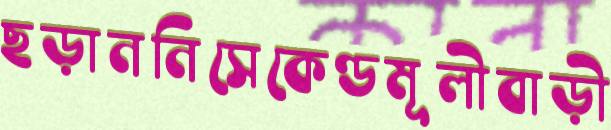
ছড়াননিসেকেণ্ডমূলীবাড়ী